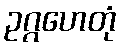
ဥဂ္ဂဟေတုံ